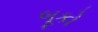
બૂકો